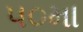
૫૦મા